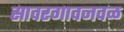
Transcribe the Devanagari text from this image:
सावरगावजवळ